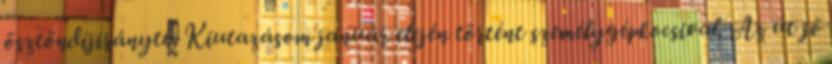
ösztöndíjiránytű Kiutazásom január elején történt személygépkocsival. Az út jó